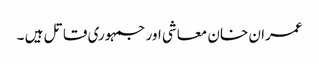
عمران خان معاشی اور جمہوری قاتل ہیں ۔